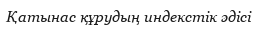
Қатынас құрудың индекстік әдісі